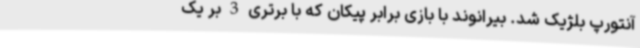
آنتورپ بلژیک شد. بیرانوند با بازی برابر پیکان که با برتری 3 بر یک